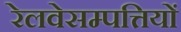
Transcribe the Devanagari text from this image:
रेलवेसम्पत्तियों